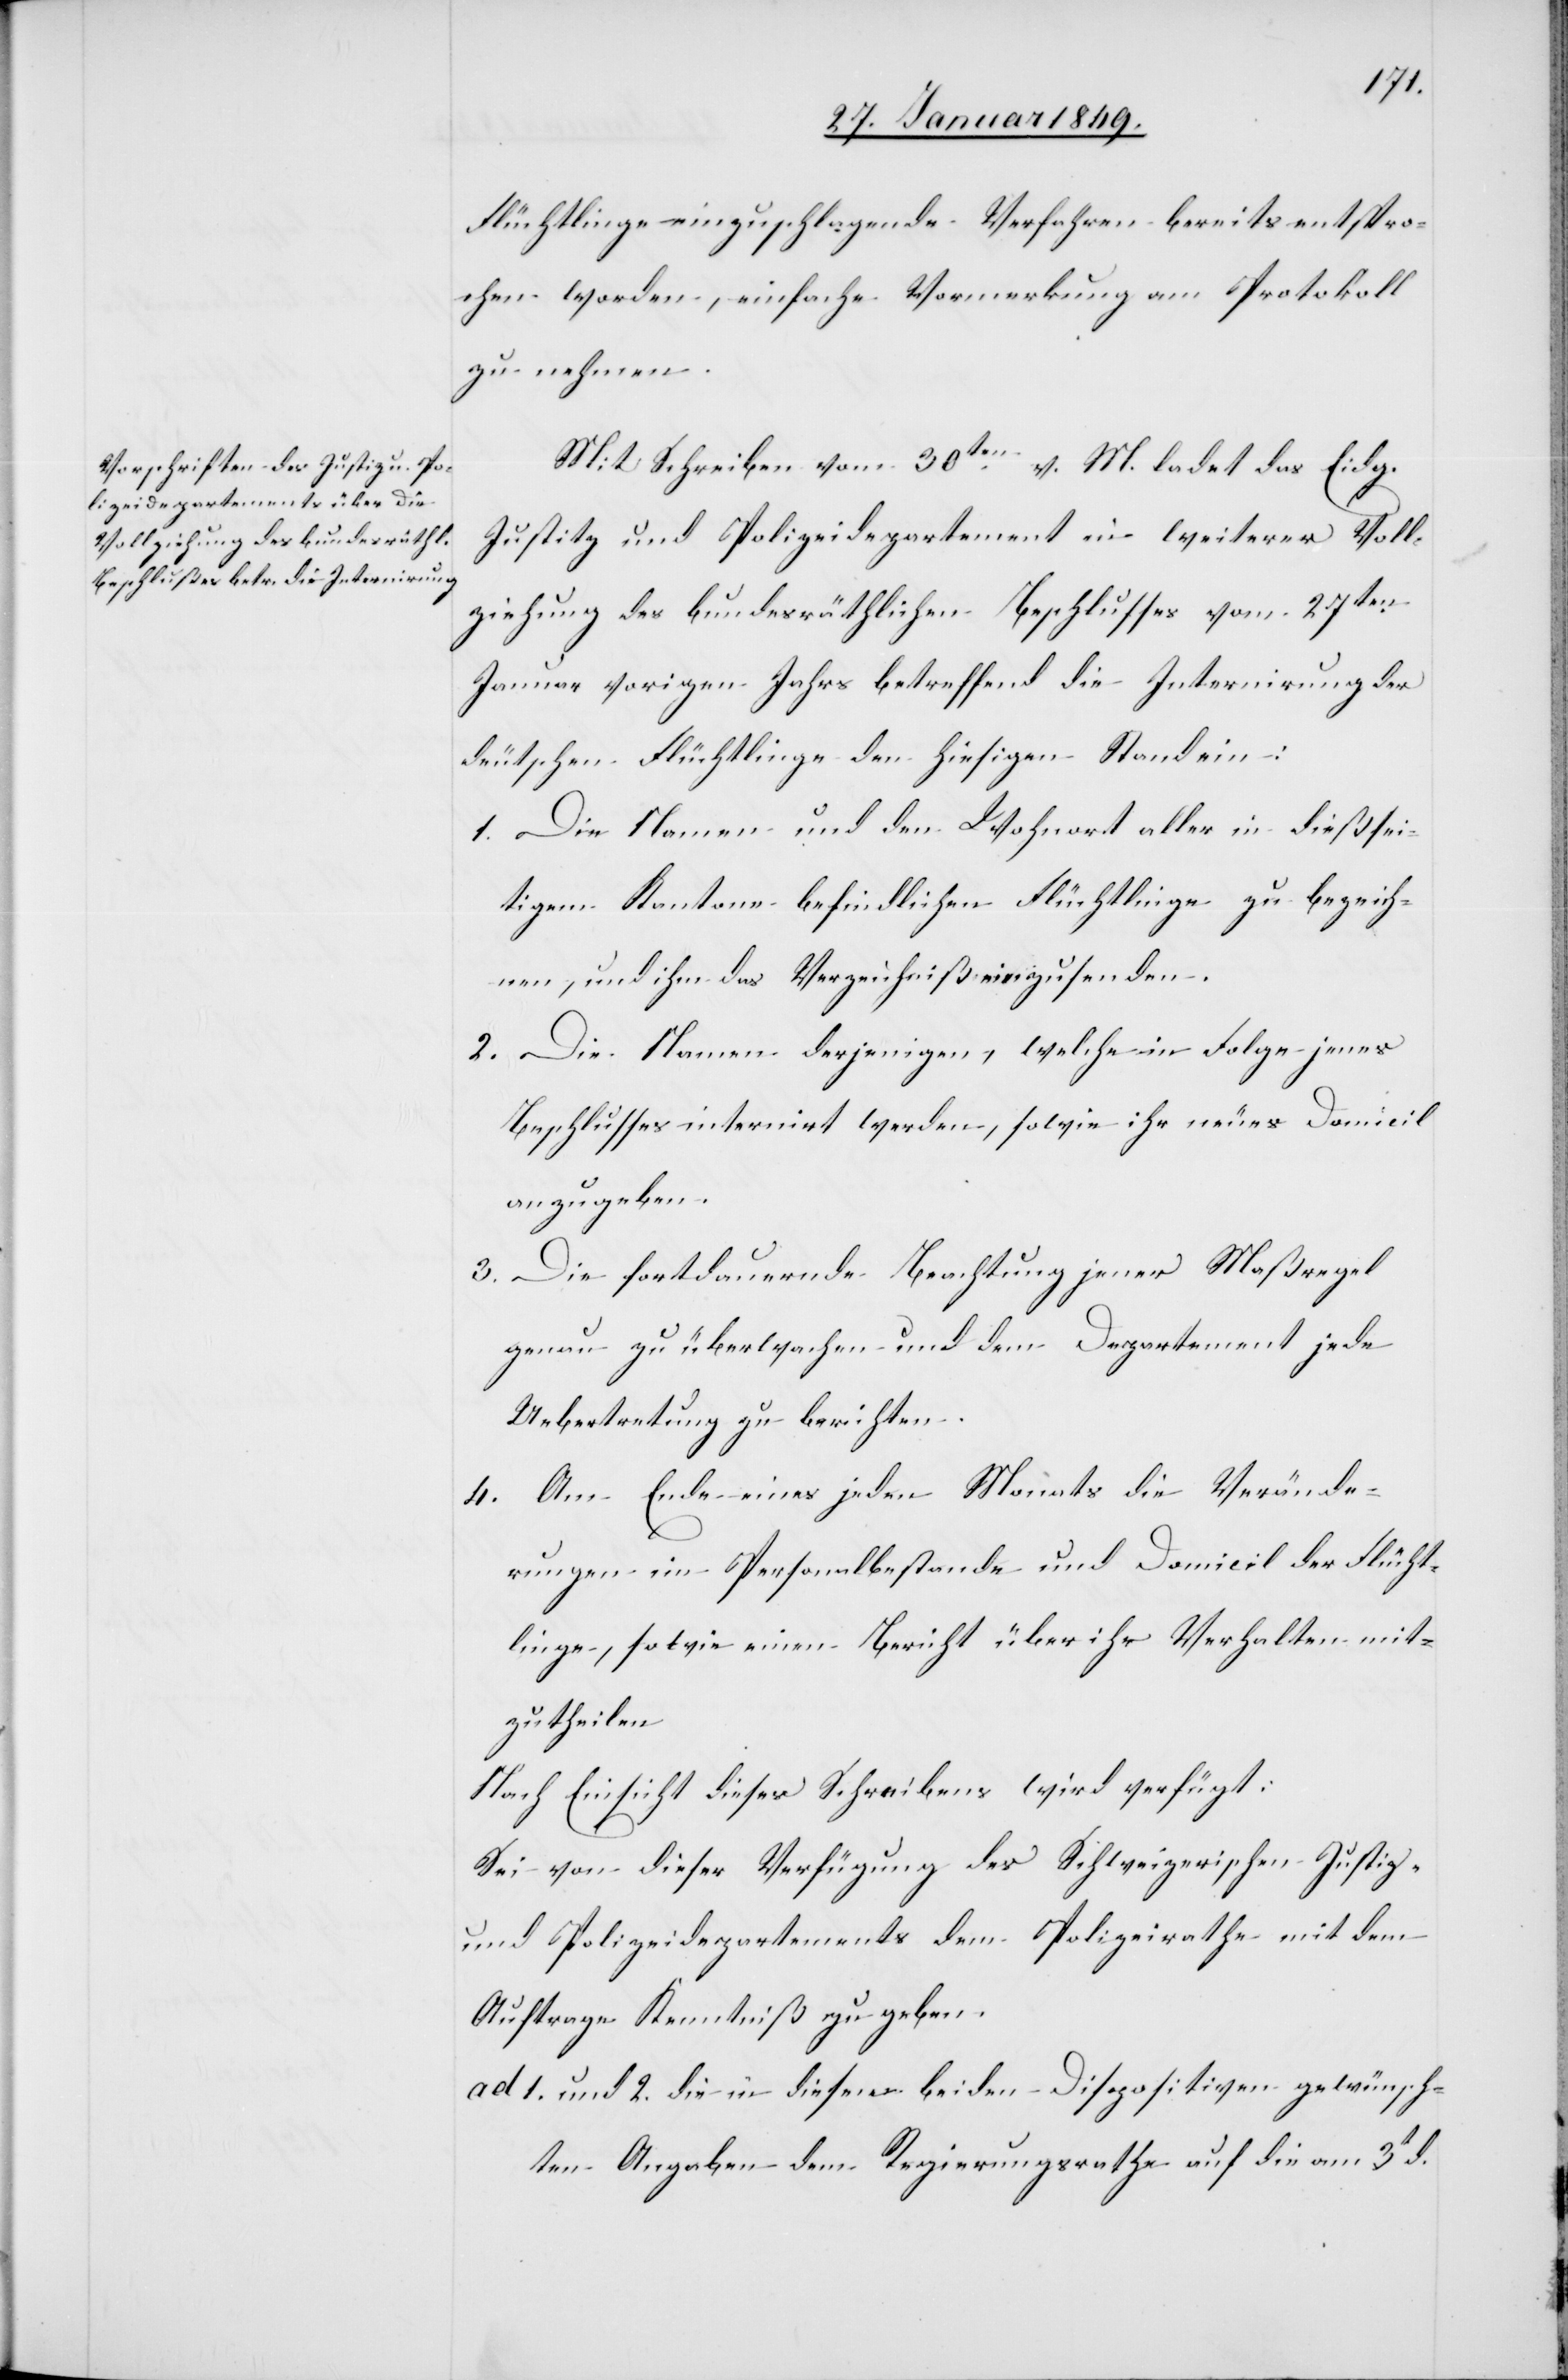
Flüchtlinge einzuschlagende Verfahren bereits entspro¬
chen worden, einfache Vormerkung am Protokoll
zu nehmen.
Mit Schreiben vom 30ten. v. M. ladet das Eidg.
Justiz und Polizeidepartement in weiterer Voll¬
ziehung des bundesräthlichen Beschlusses vom 27ten.
Januar vorigen Jahrs betreffend die Internirung der
deutschen Flüchtlinge den hiesigen Stand ein:
1. Die Namen und den Wohnort aller in dießsei¬
tigem Kanton befindlichen Flüchtlinge zu bezeich¬
nen, und ihm das Verzeichniß einzusenden.
2. Die Namen derjenigen, welche in Folge jenes
Beschlusses internirt werden, sowie ihr neues Domicil
anzugeben.
3. Die fortdauernde Beachtung jener Maßregel
genau zu überwachen und dem Departement jede
Uebertretung zu berichten.
4. Am Ende eines jeden Monats die Verände¬
rungen im Personalbestande und Domicil der Flücht¬
linge, sowie einen Bericht über ihr Verhalten mit¬
zutheilen
Nach Einsicht dieses Schreibens wird verfügt:
Sei von dieser Verfügung des Schweizerischen Justiz-
und Polizeidepartements dem Polizeirathe mit dem
Auftrage Kenntniß zu geben.
ad 1. und 2. die in diesen beiden Dispositiven gewünsch¬
ten Angaben dem Regierungsrathe auf die am 3t d.